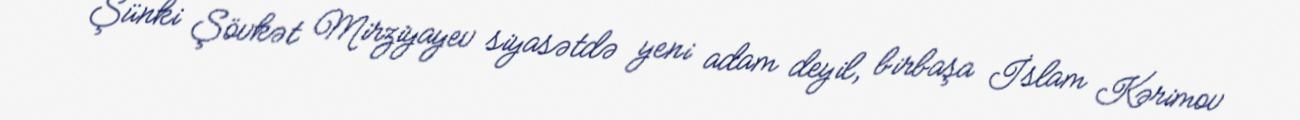
Şünki Şövkət Mirziyayev siyasətdə yeni adam deyil, birbaşa İslam Kərimov